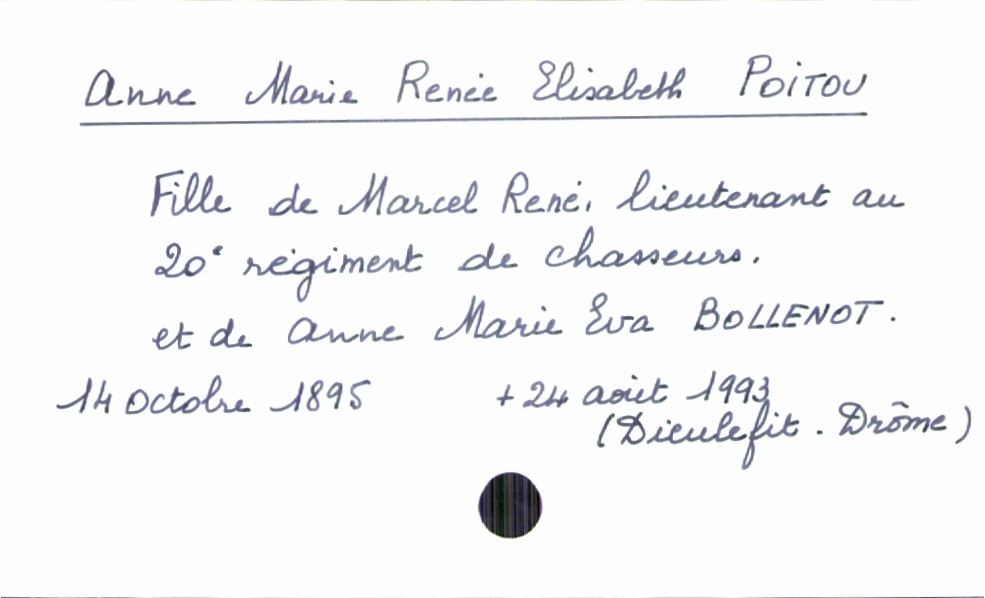
type_acte: Baptême
filiation: fille
enfant_prénom: Anne Marie Renée Elisabeth
enfant_date_de_naissance: 14 octobre 1895
enfant_date_de_décès: 24 août 1993
enfant_lieu_de_décès: Dieulefit (Drôme)
père_enfant_nom: Poitou
père_enfant_prénom: Marcel
père_enfant_profession: lieutenant au 20e régiment de chasseurs
mère_enfant_nom: Bollenot
mère_enfant_prénom: Anne Marie Eva